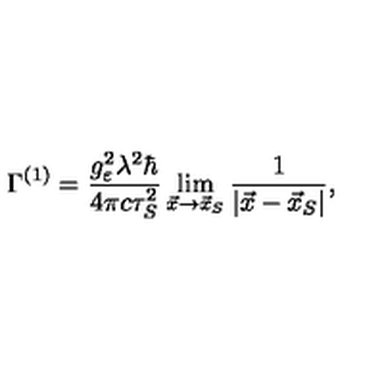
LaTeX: \Gamma ^ { ( 1 ) } = \frac { g _ { \varepsilon } ^ { 2 } \lambda ^ { 2 } \hbar } { 4 \pi c \tau _ { S } ^ { 2 } } \lim _ { \vec { x } \rightarrow \vec { x } _ { S } } \frac { 1 } { | \vec { x } - \vec { x } _ { S } | } ,